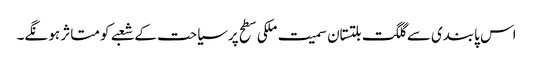
اس پابندی سے گلگت بلتستان سمیت ملکی سطح پرسیاحت کے شعبے کو متاثر ہو نگے۔